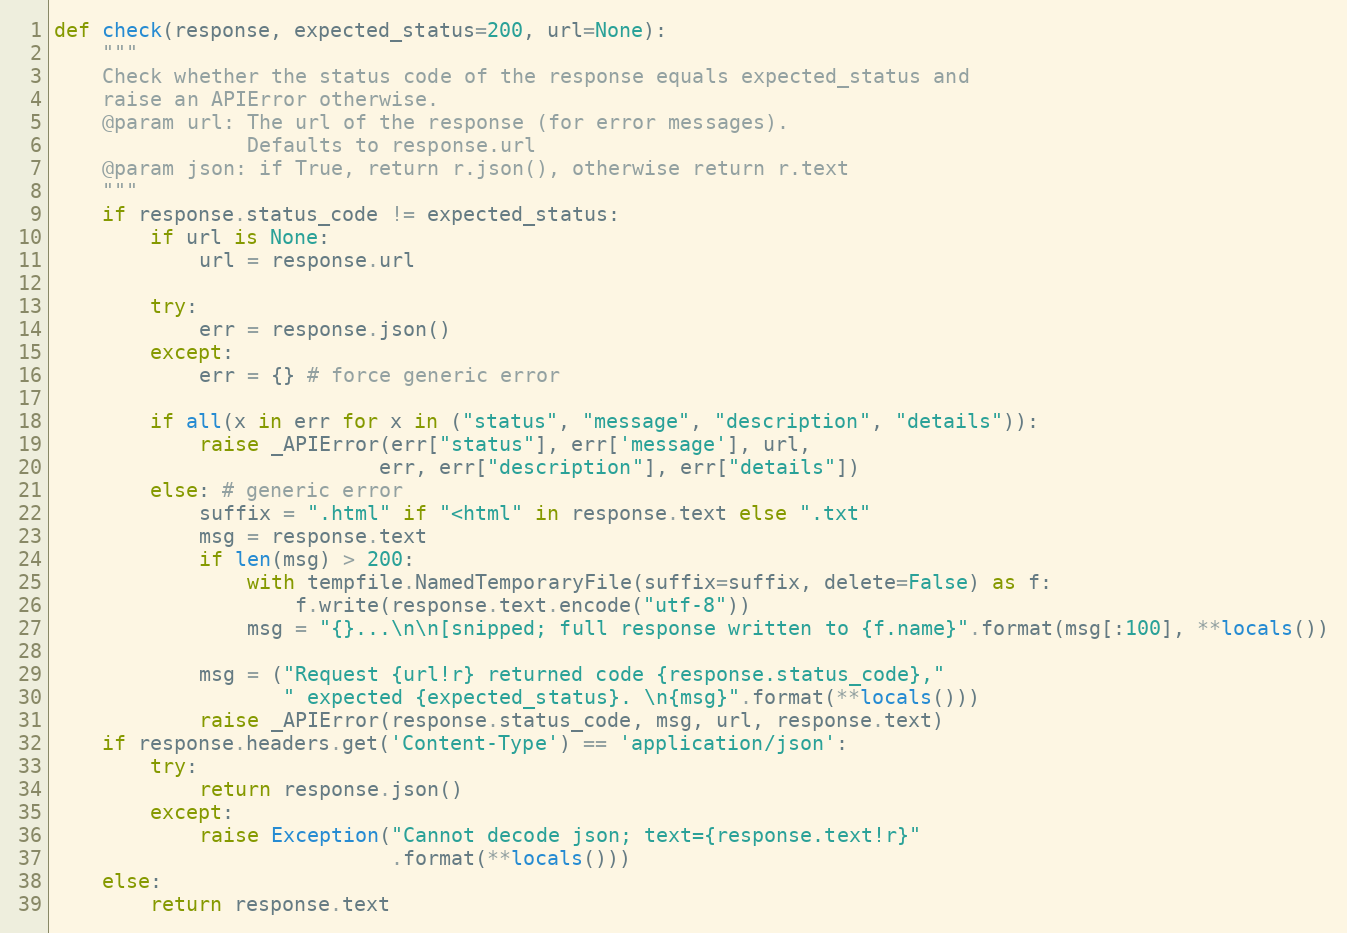
Language: Python
def check(response, expected_status=200, url=None):
    """
    Check whether the status code of the response equals expected_status and
    raise an APIError otherwise.
    @param url: The url of the response (for error messages).
                Defaults to response.url
    @param json: if True, return r.json(), otherwise return r.text
    """
    if response.status_code != expected_status:
        if url is None:
            url = response.url

        try:
            err = response.json()
        except:
            err = {} # force generic error

        if all(x in err for x in ("status", "message", "description", "details")):
            raise _APIError(err["status"], err['message'], url,
                           err, err["description"], err["details"])
        else: # generic error
            suffix = ".html" if "<html" in response.text else ".txt"
            msg = response.text
            if len(msg) > 200:
                with tempfile.NamedTemporaryFile(suffix=suffix, delete=False) as f:
                    f.write(response.text.encode("utf-8"))
                msg = "{}...\n\n[snipped; full response written to {f.name}".format(msg[:100], **locals())

            msg = ("Request {url!r} returned code {response.status_code},"
                   " expected {expected_status}. \n{msg}".format(**locals()))
            raise _APIError(response.status_code, msg, url, response.text)
    if response.headers.get('Content-Type') == 'application/json':
        try:
            return response.json()
        except:
            raise Exception("Cannot decode json; text={response.text!r}"
                            .format(**locals()))
    else:
        return response.text